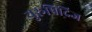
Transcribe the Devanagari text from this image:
युरूपिदिज